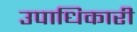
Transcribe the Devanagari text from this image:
उपाधिकारी